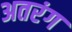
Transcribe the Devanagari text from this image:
अतरंग